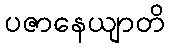
ပဇာနေယျာတိ